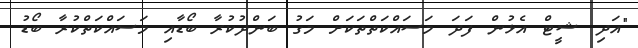
"އަދި ޝީޓް އެޅުން ފަދަ މަސައްކަތްތަކަށް މަގު ބަންދުކުރާ ބޯޑާއި މަސައްކަތްކުރާ ބޯޑު